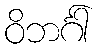
ဝိဘင်္ဂါ